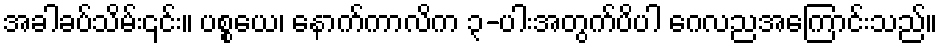
အခါခပ်သိမ်း၎င်း။ ပစ္စယေ၊ နောက်ကာလိက ၃-ပါးအတွက်ပိပါ ဂေလညအကြောင်းသည်။